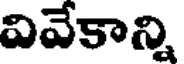
వివేకాన్ని